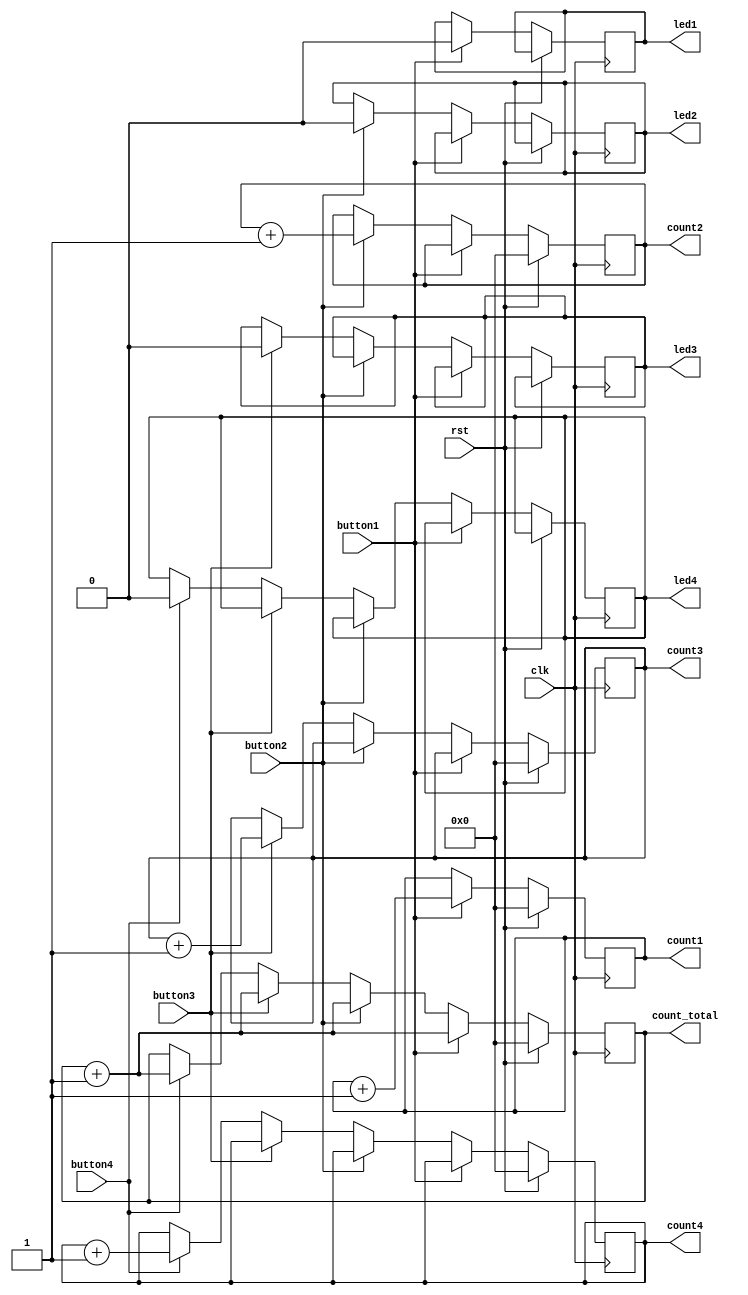
module voting_machine(clk,rst,button1,button2,button3,button4,led1,led2,led3,led4,count_total,count1,count2,count3,count4);
	input clk,rst;
	input button1;//button1 is for candidate 1
	input button2;//button2 is for candidate 2
	input button3;//button3 is for candidate 3
	input button4;//button4 is for candidate 4
	output reg led1,led2,led3,led4;
	output reg [32:0] count_total,count1,count2,count3,count4;
	
	initial
	begin
	led1=0;
		led2=0;
		led3=0;
		led4=0;
		count_total=0;
		count1=0;
		count2=0;
		count3=0;
		count4=0;
		end
				 
	always@(posedge clk)
	begin
		if(rst)
		begin
		 
		 count_total=0;
		 count1=0;
		 count2=0;
		 count3=0;
		 count4=0;
		 end
		else if(button1==1)
			begin
			
			count_total=count_total+1;
			count1=count1+1;
			led1=1;
			#10;
			led1=0;
			end
		else if(button2==1)
			begin
			
			count_total=count_total+1;
			count2=count2+1;
			led2=1;
			#10;
			led2=0;
			end
		else if(button3==1)
			begin
			
			count_total=count_total+1;
			count3=count3+1;
			led3=1;
			#10;
			led3=0;
			end
		else if(button4==1)
			begin
			
			count_total=count_total+1;
			count4=count4+1;
			led4=1;
			#10;
			led4=0;
			end
	end
endmodule